Senior Leaving Certificate Examination (including Day School Certificate (Higher) General paper), 1950
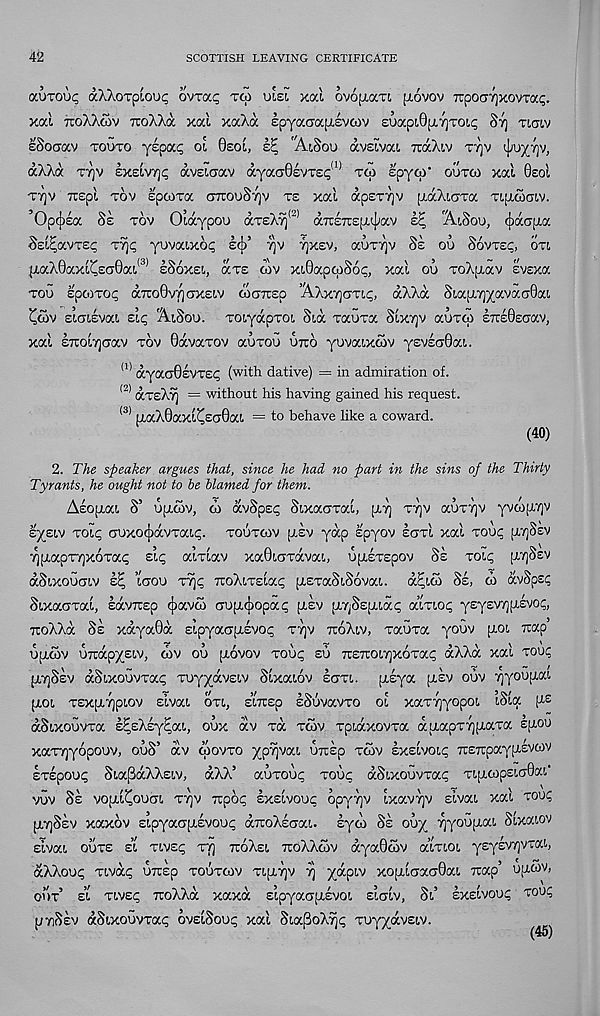
42
SCOTTISH LEAVING CERTIFICATE
ocutou^ aXXoTptou<; ovtoc^ tco ulel xal ovopiaTi [tovov TTpocr^xovrai;.
xal TioXXcav rroXXa xal xaXa epyacapisvcov EUapiOjA^TOL^ Stj tigiv
eSoCTav tooto yepa^ ol Oeol, kZ 'AtSou avelvai. TcaXiv tyjv ^uyv] v ,
aXXa tt]V kxeivrjQ aveiaav ayaa0£VT£<; !1, tco £pyoj’ outco xal 0£ol
TY]V TC£pl TOV IpCOTa GTTOoS'/jV T£ Xal ap£T7)V [LaXlCTa TIILCOGLV.
’OpcjiEa 8k tov Otaypou aTEXy 1 "' aTC£7r:£fx^av zZ, r At,Sou, cjiaopia
§£^avx£^ tt)^ yuvaixot; £(j)’ rjv y]xev, auT'/]v Se ou 86vxzq, ovt
;[i,aX0axl^£a0ai (3) eSoxei, ccte wv XL0apqiS6^ xal ou roXpiav svsxa
too spoiTO^ aTco0viQcxeiv cdanzp ’AXxyjctt^, aXXa SiajjtTjyavaoOai
^cov slaiEvai eic, AiSou. TOiyapTOi St.a Taura Slxtjv auxco £TC£0Eoav,
xal ETTOiTjciav tov 0avaTOv auxoG utto yuvat-xwv y£VEa0at..
(1> ayao0£VT£t; (with dative) = in admiration of.
(2) cxteXt) — without his having gained his request.
(3) [jt,aX0axl^sa0at. = to behave like a coward.
(40)
2. The speaker argues that, since he had no part in the sins of the Thirty
Tyrants, he ought not to be blamed for them.
Asojuat. S’ uijlwv, oi avSpsq Sixaaral, [A'/) ttjv auT7]v yvco[xy]v
systv tolc auxo(jiavTat,q. toutcov [lev yap spyov ecttI xal tou^ [xtjSev
•qfxapTTjxoTaq elq alxlav xa0t.crTava!., upiTEpov Ss xolq [L'/]Sev
aSixoGotv zZ, ’laov t% TroXiTslaq [XETaSiSovat. a^ico Se, co avSps?
St-xaGTal, savTCsp cjiavoi aupujiopaq [Aev tuySEp.t.aq aXriOQ y£y£V7][L£vo<;,
uoXXa Se xaya0a slpyaCTfLEVOq ttjv ttoXiv, xauxa youv [J.oi nap’
upioov urrapyEt-v, oiv ou [xovov tou^ eu nznoirjx6ra<; aXXa xal touc
piTjSsv aSixouvTaq TuyyavEtv Slxaiov ecttl. [isya [lev ouv 7jyou[j,at.
(jlol TEXpt.7jpt.ov slvat. cm, ztKzp sSuvavTO ol xaTTjyopot. t,Sla [J.S
aSt-xouvra E^sXEy^at., oux av ra tcov TpiaxovTa au.apT7jp.aTa epou
xaTTjyopouv, ouS’ av coovto ypTjvat. untEp tcov zxzhot.p TTEirpaypevcov
ETEpouq St.aPaXX£t,v, aXX’ auTOuq touc aSixouvTaq Tt,pcop£i.o0ai'
vuv Se vopl^ouct, ttjv Tcpoq exelvouc opyTjv Ixavyjv slvat, xal Tout;
pTjSsv xaxov sipyaopEvouq airoXsaat,. syco Se ouy Tjyoupat. Stxaiov
ELvat, outs z’t tlvec; ttj TToXst, tcoXXcov aya0cov atTioi ysyEVTjvTat.,
aXXout; Ttvaq urcsp toutcov TipTjv tj yapiv xoplaacr0at, Tap’ opcov,
out’ ei Tivsq TioXXa xaxa EipyaopEvoi siolv, Si’ Exsivout; tou<;
p tiSev aSixouvxaq ovslSoug xal SiajSoXTjq Tuyydvsiv.
(46)